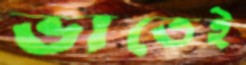
ভাতেই